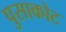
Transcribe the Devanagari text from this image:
पुसाकोट